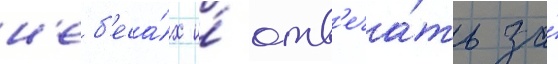
н'еб'еса́х и́ отв'еча́ть за́